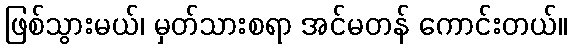
ဖြစ်သွားမယ်၊ မှတ်သားစရာ အင်မတန် ကောင်းတယ်။